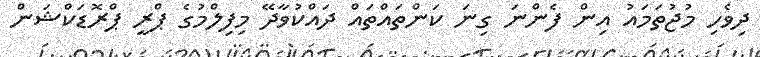
ދިވެހި މުޖުތަމައު އިން ފެންނަ ގިނަ ކަންތައްތައް ދައްކުވާދޭ މިފިލްމުގެ ޕްރީ ޕްރޮޑަކްޝަން